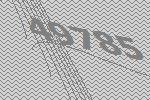
49785